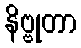
နိဗ္ဗုတာ